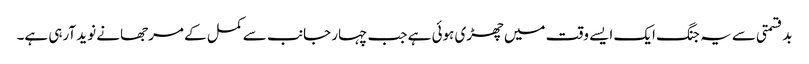
بدقسمتی سے یہ جنگ ایک ایسے وقت میں چھڑی ہوئی ہے جب چہار جانب سے کمل کے مرجھانے نوید آرہی ہے۔